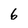
Character: 6